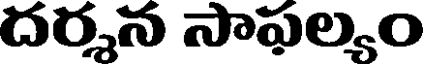
దర్శన సాపల్యం